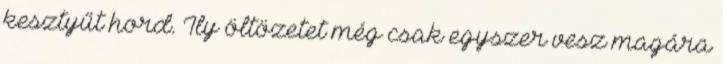
kesztyűt hord. Ily öltözetet még csak egyszer vesz magára